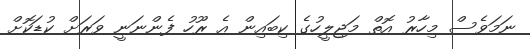
ނަމަވެސް މިހާރު އޮތް މަޖިލީހުގެ ކިބައިން އެ ރޫހު ފެންނަނީ ވަރަށް ކުޑަކޮށް